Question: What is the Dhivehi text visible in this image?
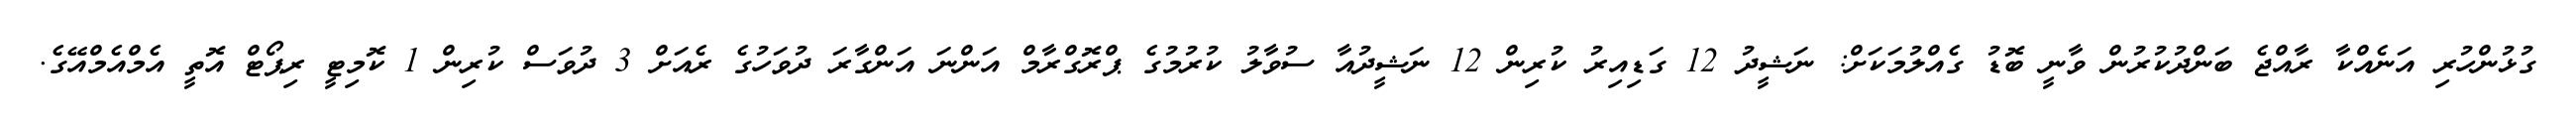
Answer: ގުޅުންހުރި އަނެއްކާ ރާއްޖެ ބަންދުކުރުން ވާނީ ބޮޑު ގެއްލުމަކަށް: ނަޝީދު 12 ގަޑިއިރު ކުރިން 12 ނަޝީދުއާ ސުވާލު ކުރުމުގެ ޕްރޮގްރާމް އަންނަ އަންގާރަ ދުވަހުގެ ރެއަށް 3 ދުވަސް ކުރިން 1 ކޮމިޓީ ރިޕޯޓް އޮތީ އެމްއެމްއޭގެ.